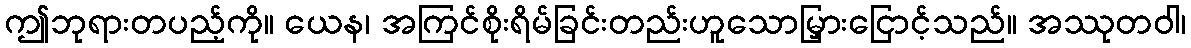
ဤဘုရားတပည့်ကို။ ယေန၊ အကြင်စိုးရိမ်ခြင်းတည်းဟူသောမြှားငြောင့်သည်။ အဿုတဝါ၊